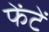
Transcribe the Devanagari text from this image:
फेंटें